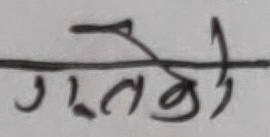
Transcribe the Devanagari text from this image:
गर्नेहो